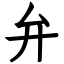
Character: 弁